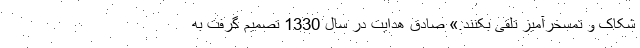
شکاک و تمسخرآمیز تلقی بکنند.» صادق هدایت در سال 1330 تصمیم گرفت به